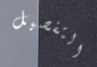
التفصيل